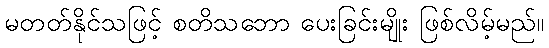
မတတ်နိုင်သဖြင့် စတိသဘော ပေးခြင်းမျိုး ဖြစ်လိမ့်မည်။